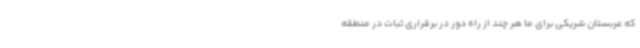
که عربستان شریکی برای ما هر چند از راه دور در برقراری ثبات در منطقه